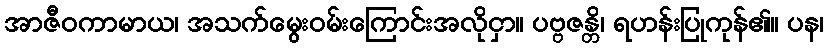
အာဇီဝကာမာယ၊ အသက်မွေးဝမ်းကြောင်းအလိုငှာ။ ပဗ္ဗဇန္တိ၊ ရဟန်းပြုကုန်၏။ ပန၊